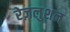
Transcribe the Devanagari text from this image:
रेज़लुशन